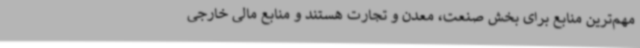
مهم‌ترین منابع برای بخش صنعت، معدن و تجارت هستند و منابع مالی خارجی